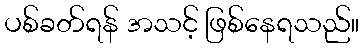
ပစ်ခတ်ရန် အသင့် ဖြစ်နေရသည်။